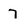
Character: 7